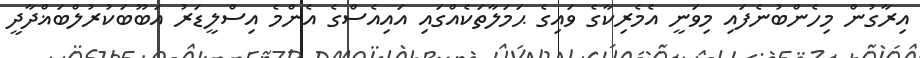
އިރާގުން މިހެންބުނެފައި މިވަނީ އެމެރިކާގެ ވައިގެ ޙަމަލާތަކެއްގައި އައިއެސްގެ އެންމެ އިސްލީޑަރު އަބޫބަކުރުލްބަޣްދާދީ